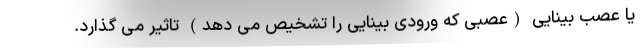
یا عصب بینایی (عصبی که ورودی بینایی را تشخیص می دهد) تاثیر می گذارد.